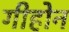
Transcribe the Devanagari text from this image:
गीहोन